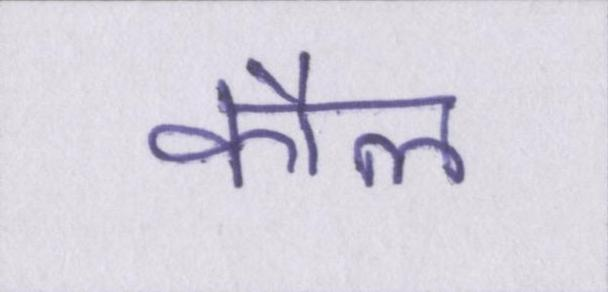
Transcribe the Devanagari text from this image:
कौल